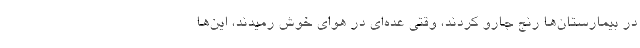
در بیمارستان‌ها رنج جارو کردند، وقتی عده‌ای در هوای خوش رمیدند، این‌ها